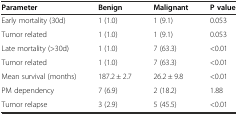
<table><thead><tr><td><b>Parameter</b></td><td><b>Benign</b></td><td><b>Malignant</b></td><td><b>P value</b></td></tr></thead><tbody><tr><td>Early mortality (30d)</td><td>1 (1.0)</td><td>1 (9.1)</td><td>0.053</td></tr><tr><td>Tumor related</td><td>1 (1.0)</td><td>1 (9.1)</td><td>0.053</td></tr><tr><td>Late mortality (&gt;30d)</td><td>1 (1.0)</td><td>7 (63.3)</td><td>&lt;0.01</td></tr><tr><td>Tumor related</td><td>1 (1.0)</td><td>7 (63.3)</td><td>&lt;0.01</td></tr><tr><td>Mean survival (months)</td><td>187.2 ± 2.7</td><td>26.2 ± 9.8</td><td>&lt;0.01</td></tr><tr><td>PM dependency</td><td>7 (6.9)</td><td>2 (18.2)</td><td>1.88</td></tr><tr><td>Tumor relapse</td><td>3 (2.9)</td><td>5 (45.5)</td><td>&lt;0.01</td></tr></tbody></table>